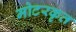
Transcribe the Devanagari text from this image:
मोटरकृत